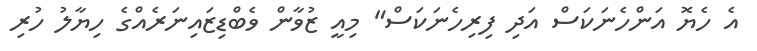
އެ ހެޔޮ އަންހެނަކަސް އަދި ފިރިހެނަކަސް" މިއީ ޒުވާން ވެބްޑިޒައިނަރެއްގެ ހިޔާލު ހުރި